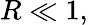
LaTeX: R\ll 1,